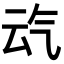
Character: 𪵣